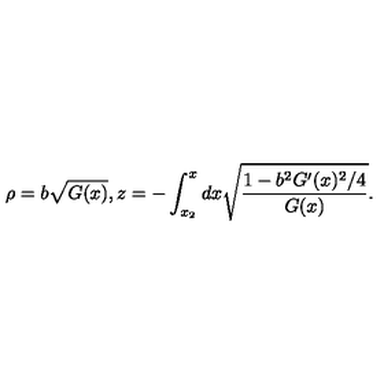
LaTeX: \rho = b \sqrt { G ( x ) } , z = - \int _ { x _ { 2 } } ^ { x } d x \sqrt { \frac { { 1 - b ^ { 2 } G ^ { \prime } ( x ) ^ { 2 } } / 4 } { G ( x ) } } .